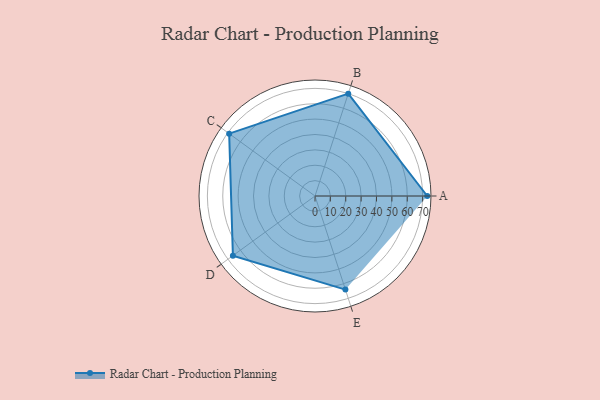
{"axis": {"x": "Skill", "y": "Score"}, "legend": ["Profile"], "data": [{"x": "A", "y": 73.0, "type": "Profile"}, {"x": "B", "y": 70.0, "type": "Profile"}, {"x": "C", "y": 69.0, "type": "Profile"}, {"x": "D", "y": 66.0, "type": "Profile"}, {"x": "E", "y": 64.0, "type": "Profile"}]}